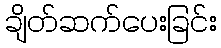
ချိတ်ဆက်ပေးခြင်း